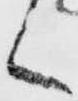
く